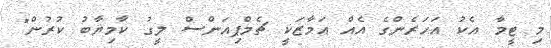
މި ޓީމާ އެކު އަަހަރެންގެ އެއް އަމާޒަކީ ޗެމްޕިއަންސް ލީގު ކާމިޔާބު ކުރުން"